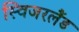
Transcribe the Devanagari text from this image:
स्विजरलैंड